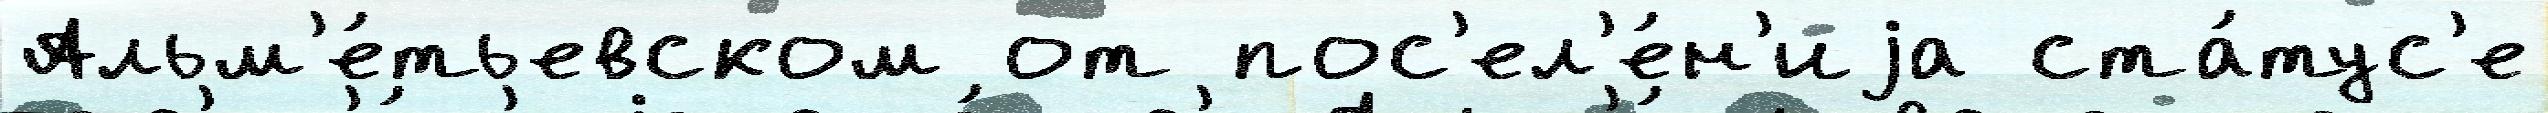
Альм'е́тьевском от пос'ел'е́н'иjа ста́тус'е